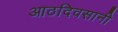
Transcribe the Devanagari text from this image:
आठदिवसानी